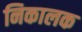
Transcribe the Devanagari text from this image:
निकालक